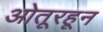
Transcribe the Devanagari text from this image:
ओतूरहून